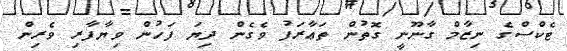
ޓެކްސްގެ ނިޒާމް ގާނޫނީ ގޮތުން ތަޢާރަފު ވެގެން ދިޔަ ފަހުން ވިޔާފާރި ވެރިން